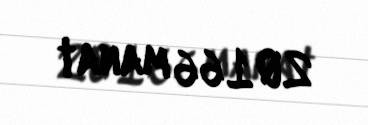
20166 manat